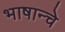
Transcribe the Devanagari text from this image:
भाषान्चे